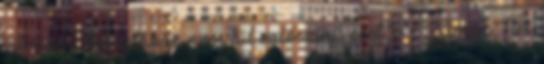
játszani. Focistában nem túl valószínű eset." - Simon Tibi